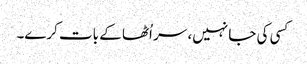
کسی کی جا نہیں، سر اُٹھا کے بات کرے۔